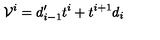
{ \cal V } _ { } ^ { i } = d _ { i - 1 } ^ { \prime } t ^ { i } + t ^ { i + 1 } d _ { i }